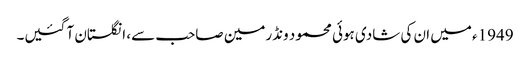
1949ء میں ان کی شادی ہوئی محمود ونڈرمین صاحب سے، انگلستان آ گئیں۔